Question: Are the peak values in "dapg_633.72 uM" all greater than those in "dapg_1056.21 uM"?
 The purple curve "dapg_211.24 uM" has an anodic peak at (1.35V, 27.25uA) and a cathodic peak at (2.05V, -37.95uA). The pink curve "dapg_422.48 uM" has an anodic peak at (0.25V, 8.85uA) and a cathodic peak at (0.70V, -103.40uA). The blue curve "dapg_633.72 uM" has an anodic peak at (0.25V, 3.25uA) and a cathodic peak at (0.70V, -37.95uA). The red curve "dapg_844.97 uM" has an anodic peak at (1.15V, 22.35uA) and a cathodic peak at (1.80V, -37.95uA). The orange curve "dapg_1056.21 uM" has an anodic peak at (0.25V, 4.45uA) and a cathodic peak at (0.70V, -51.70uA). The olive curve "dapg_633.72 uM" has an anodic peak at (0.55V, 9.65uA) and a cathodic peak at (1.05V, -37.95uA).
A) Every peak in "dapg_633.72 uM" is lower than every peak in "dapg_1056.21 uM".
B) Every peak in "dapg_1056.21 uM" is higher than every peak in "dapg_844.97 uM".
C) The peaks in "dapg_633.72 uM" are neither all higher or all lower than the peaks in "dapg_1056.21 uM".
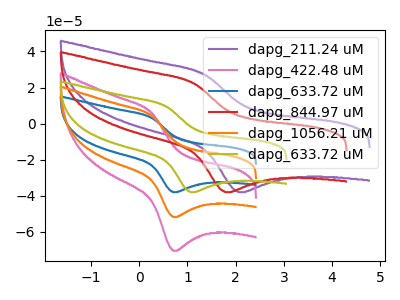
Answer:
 <answer>A) Every peak in "dapg_633.72 uM" is lower than every peak in "dapg_1056.21 uM".</answer>
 <eval>A</eval>